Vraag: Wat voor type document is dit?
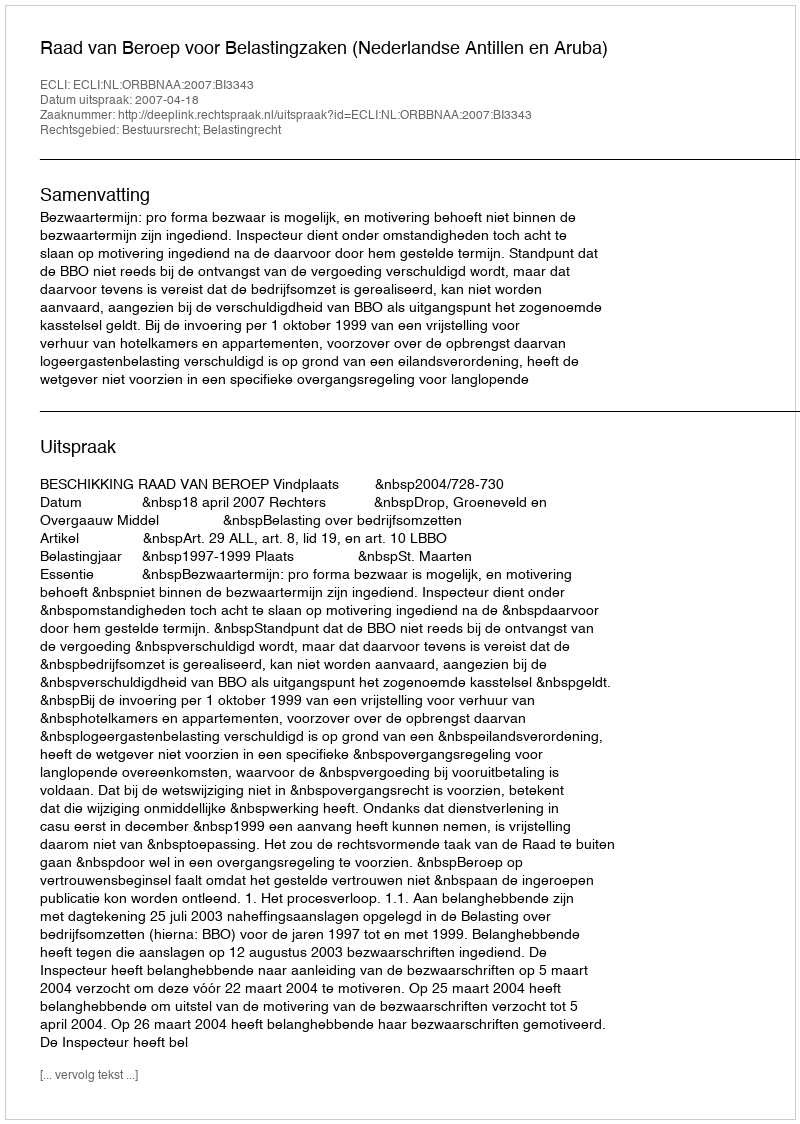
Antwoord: Uitspraak